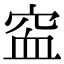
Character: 䆝